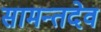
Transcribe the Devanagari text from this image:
सामन्तदेव